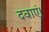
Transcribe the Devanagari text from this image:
दवाएं।